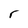
Character: r